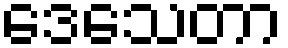
ဒေသေတာ